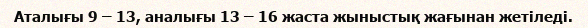
Аталығы 9 – 13, аналығы 13 – 16 жаста жыныстық жағынан жетіледі.